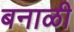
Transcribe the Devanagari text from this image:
बनाळी